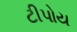
ટીપોય